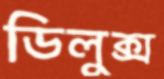
ডিলুক্স